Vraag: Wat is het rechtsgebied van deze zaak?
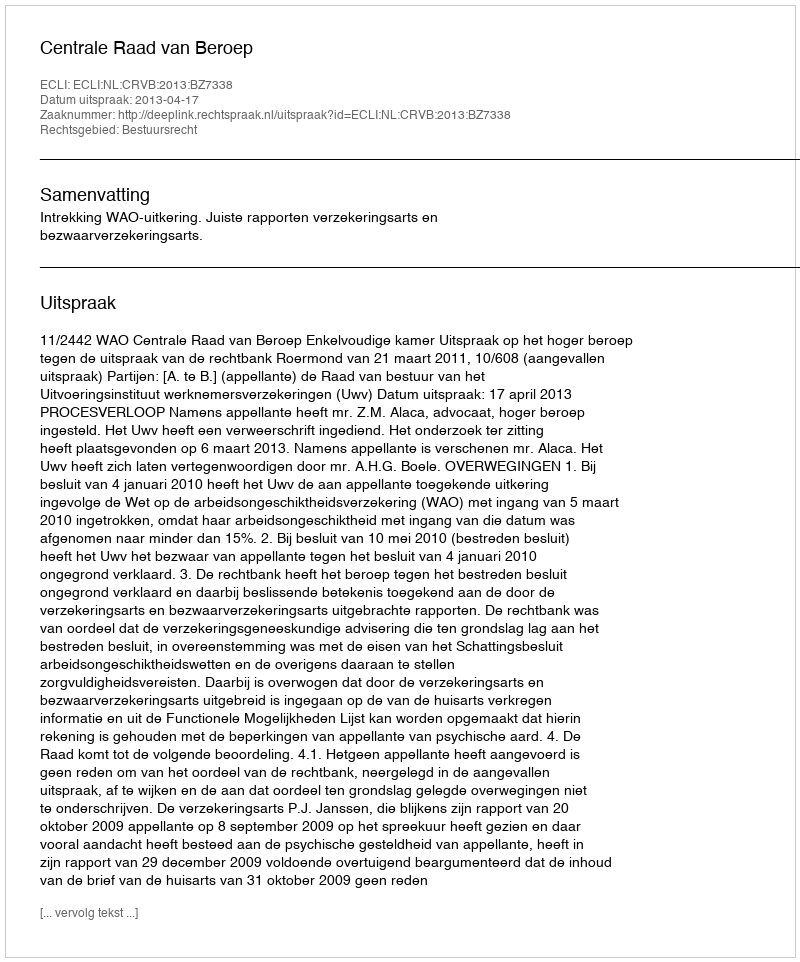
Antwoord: Bestuursrecht